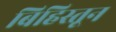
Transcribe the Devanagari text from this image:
बिहिस्तून